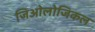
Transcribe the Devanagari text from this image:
जिओलोजिकल